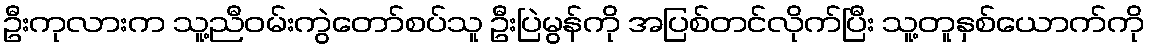
ဦးကုလားက သူ့ညီဝမ်းကွဲတော်စပ်သူ ဦးပြဲမွန်ကို အပြစ်တင်လိုက်ပြီး သူ့တူနှစ်ယောက်ကို